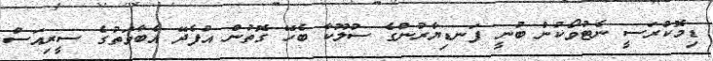
ޑިމޮކްރަސީ ނެޓުވޯކުން ބުނީ ފަނޑިޔާރުންގެ ސުލޫކާ ބެހޭ ގޮތުން އުފެދޭ އެބާވަތުގެ ސީރިއަސް